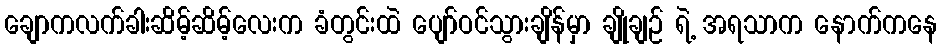
ချောကလက်ခါးဆိမ့်ဆိမ့်လေးက ခံတွင်းထဲ ပျော်ဝင်သွားချိန်မှာ ချိုချဉ် ရဲ့ အရသာက နောက်ကနေ